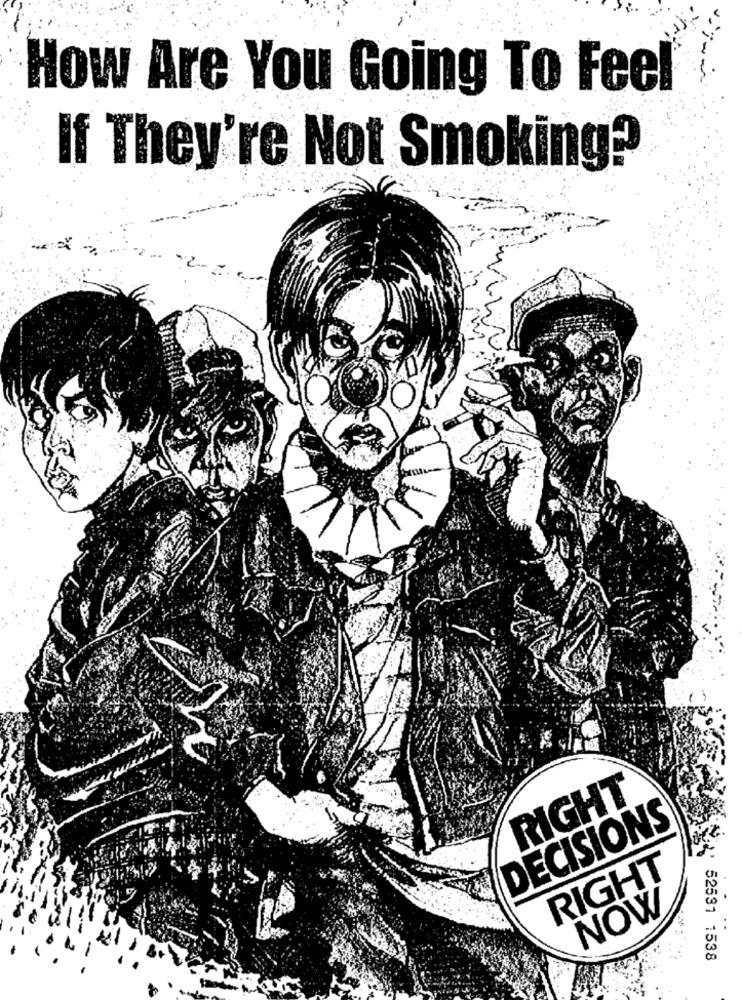
How Are You Going To Feel
If They're Not Smoking?
RIGHT
DECISIONS
RIGHT
NOW
52531 1538